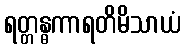
ရတ္တန္ဓကာရတိမိသာယံ